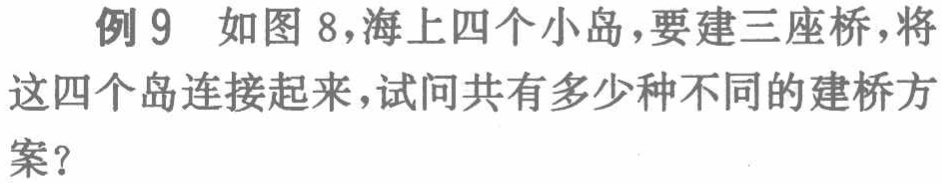
例9 如图8，海上四个小岛，要建三座桥，将这四个岛连接起来，试问共有多少种不同的建桥方案？